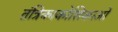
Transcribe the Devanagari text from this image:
तंत्रिकाकोशिकाओं